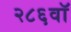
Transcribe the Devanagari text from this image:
२८६वॉ